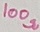
Text: 100Ω